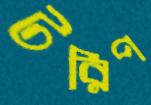
টরিপ